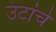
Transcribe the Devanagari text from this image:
उंटांचे